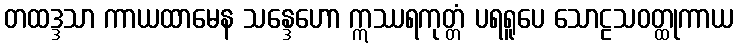
တထဒ္ဒသာ ကာယထာမေန သန္ဒေဟော ဣဿရကုတ္တံ ပရရူပေ သောဠသဝတ္ထုကာယ